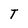
Character: T